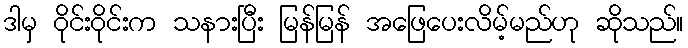
ဒါမှ ဝိုင်းဝိုင်းက သနားပြီး မြန်မြန် အဖြေပေးလိမ့်မည်ဟု ဆိုသည်။